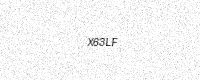
Text: X63LF